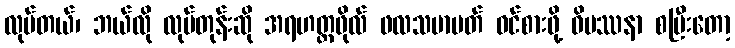
လုပ်တယ်၊ ဘယ်လို လုပ်တုန်းဆို အရဟတ္တဖိုလ် ဖလသမာပတ် ဝင်စားဖို့ ဝိပဿနာ စပြီးတော့